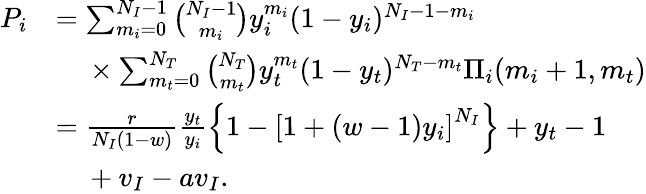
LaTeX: \begin{array}{rl}{P_{i}}&{=\sum_{m_{i}=0}^{N_{I}-1}\binom{N_{I}-1}{m_{i}}y_{i}^{m_{i}}(1-y_{i})^{N_{I}-1-m_{i}}}\\ &{\mathrm{\quad}\times\sum_{m_{t}=0}^{N_{T}}\binom{N_{T}}{m_{t}}y_{t}^{m_{t}}(1-y_{t})^{N_{T}-m_{t}}\Pi_{i}(m_{i}+1,m_{t})}\\ &{=\frac{r}{N_{I}(1-w)}\frac{y_{t}}{y_{i}}\left\{ 1-\left[1+(w-1)y_{i}\right]^{N_{I}}\right\} +y_{t}-1}\\ &{\mathrm{\quad}+v_{I}-av_{I}.}\end{array}